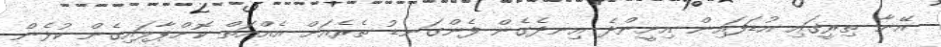
އޭނާ ތިރީގައި އުޑަފައިން އިށީންދެ އިނދެގެން ފެންގަނޑު ތެރެއަށް އެއްއަތް ކޮށްޕާލައިގެން ކުޅެން